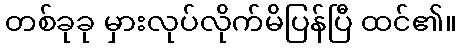
တစ်ခုခု မှားလုပ်လိုက်မိပြန်ပြီ ထင်၏။